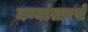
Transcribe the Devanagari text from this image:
मण्यांसारखे